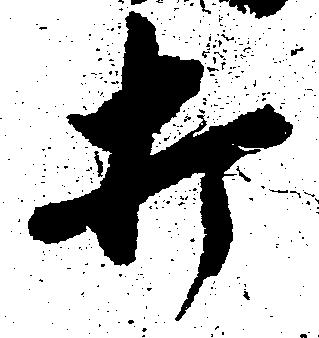
打